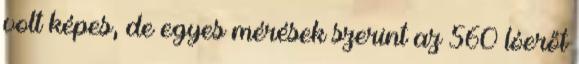
volt képes, de egyes mérések szerint az 560 lóerőt